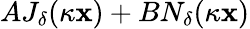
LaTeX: AJ_{\delta}(\kappa\mathbf{x})+BN_{\delta}(\kappa\mathbf{x})